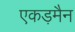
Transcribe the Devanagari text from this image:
एकड़मैन